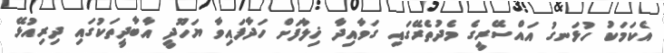
އެކަމަކު ހުޅަނގު އައްސޭރީގެ މެދުތެރޭގައި ގަވާއިދާ ޚިލާފަށް ހަދާފައިވާ ޔަހޫދީ އާބާދީތަކުގައި ދިރިއުޅޭ